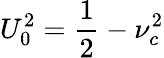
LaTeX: U_{0}^{2}=\frac{1}{2}-\nu_{c}^{2}